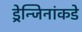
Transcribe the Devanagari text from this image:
ड्रेन्जिनांकडे